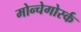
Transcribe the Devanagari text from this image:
मोन्चेगोर्स्क